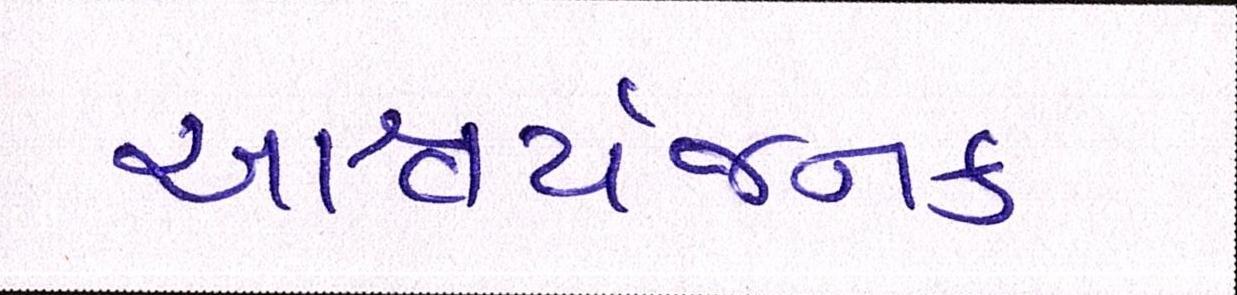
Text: આશ્ચર્યજનક